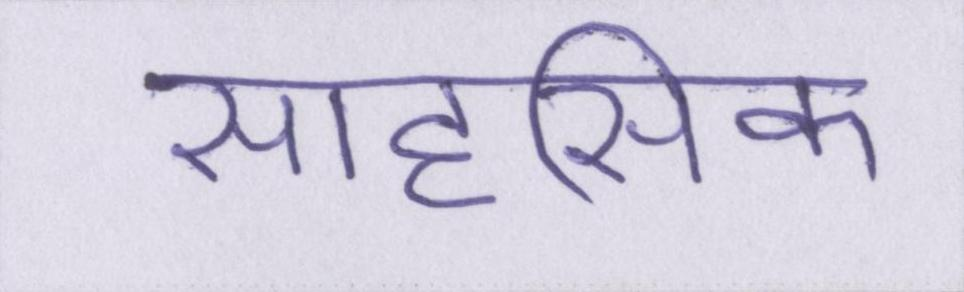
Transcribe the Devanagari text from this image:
साहसिक